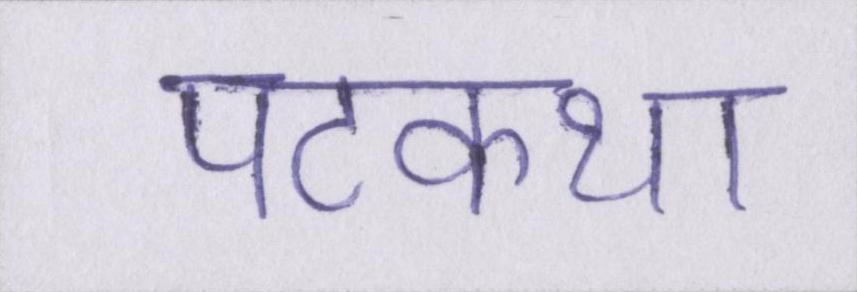
पटकथा